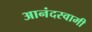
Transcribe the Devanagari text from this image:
आनंदस्वामी